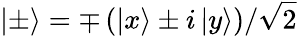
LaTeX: \left|\pm\right\rangle=\mp\left(\left|x\right\rangle\pm i\left|y\right\rangle\right)/\sqrt{2}